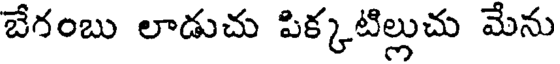
బేగంబు లాడుచు పిక్కటిల్లుచు మేను